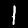
Label: 1